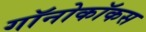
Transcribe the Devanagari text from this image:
गॉनोकॉकस